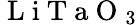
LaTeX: \mathrm{~L~i~T~a~O~}_{3}